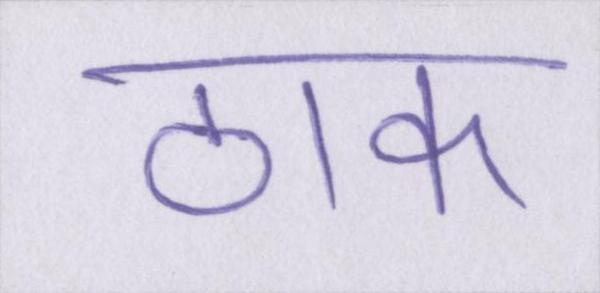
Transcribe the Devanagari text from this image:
ठाक